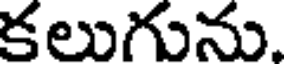
కలుగును.